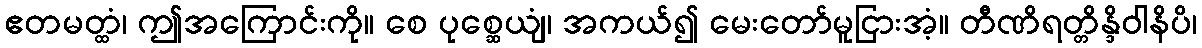
ဧတမတ္ထံ၊ ဤအကြောင်းကို။ စေ ပုစ္ဆေယျံ၊ အကယ်၍ မေးတော်မူငြားအံ့။ တီဏိရတ္တိန္ဒိဝါနိပိ၊